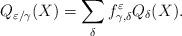
LaTeX: \begin{align*} Q_{\varepsilon/\gamma}(X) = \sum_{\delta} f_{\gamma,\delta}^{\varepsilon} Q_{\delta}(X). \end{align*}